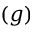
( g )